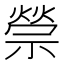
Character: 禜